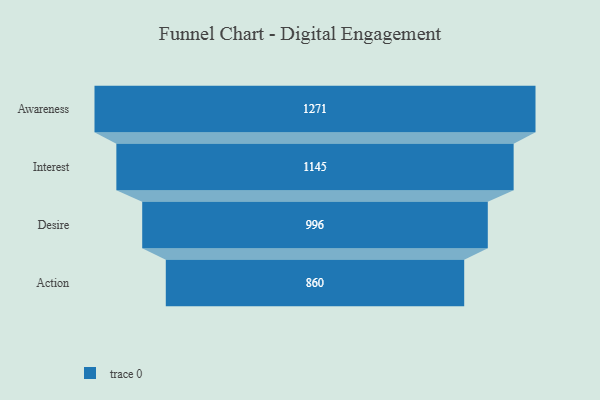
{"axis": {"x": "Stage", "y": "Value"}, "legend": [""], "data": [{"x": "Awareness", "y": 1271.0, "type": ""}, {"x": "Interest", "y": 1145.0, "type": ""}, {"x": "Desire", "y": 996.0, "type": ""}, {"x": "Action", "y": 860.0, "type": ""}]}